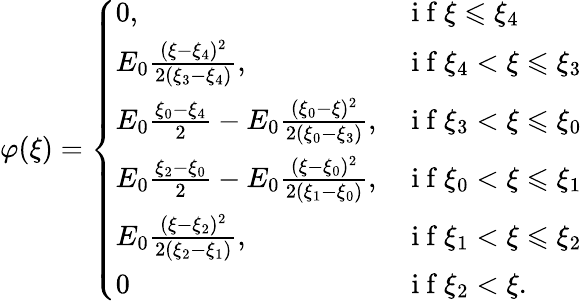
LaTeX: \begin{array}{r}{\varphi(\xi)=\left\{ \begin{array}{ll}{0,}&{\mathrm{~i~f~}\xi\leqslant\xi_{4}}\\ {E_{0}\frac{(\xi-\xi_{4})^{2}}{2(\xi_{3}-\xi_{4})},}&{\mathrm{~i~f~}\xi_{4}<\xi\leqslant\xi_{3}}\\ {E_{0}\frac{\xi_{0}-\xi_{4}}{2}-E_{0}\frac{(\xi_{0}-\xi)^{2}}{2(\xi_{0}-\xi_{3})},}&{\mathrm{~i~f~}\xi_{3}<\xi\leqslant\xi_{0}}\\ {E_{0}\frac{\xi_{2}-\xi_{0}}{2}-E_{0}\frac{(\xi-\xi_{0})^{2}}{2(\xi_{1}-\xi_{0})},}&{\mathrm{~i~f~}\xi_{0}<\xi\leqslant\xi_{1}}\\ {E_{0}\frac{(\xi-\xi_{2})^{2}}{2(\xi_{2}-\xi_{1})},}&{\mathrm{~i~f~}\xi_{1}<\xi\leqslant\xi_{2}}\\ {0}&{\mathrm{~i~f~}\xi_{2}<\xi.}\end{array}\right.}\end{array}